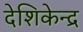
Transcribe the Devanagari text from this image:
देशिकेन्द्र